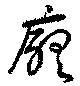
廳